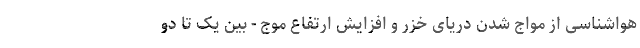
هواشناسی از مواج شدن دریای خزر و افزایش ارتفاع موج - بین یک تا دو